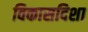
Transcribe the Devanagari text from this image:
विकासदिशा